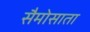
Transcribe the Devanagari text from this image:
सैमोसाता